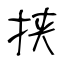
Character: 挟